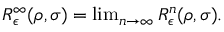
\begin{array} { r } { R _ { \epsilon } ^ { \infty } ( \rho , \sigma ) = \operatorname* { l i m } _ { n \rightarrow \infty } R _ { \epsilon } ^ { n } ( \rho , \sigma ) . } \end{array}